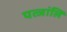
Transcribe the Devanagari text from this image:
पत्जांलि